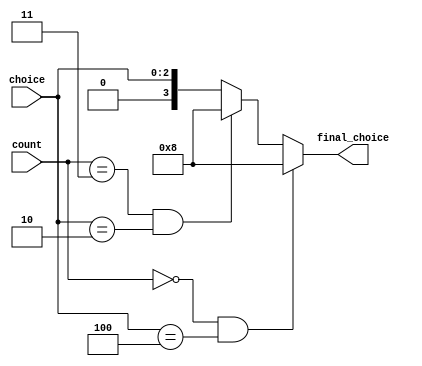
`timescale 1ns / 1ps

module choice_valid(
    input [1:0] count,      //input bullet count, with values from 0 to 3
    input [2:0] choice,     //input player/computer choice with one-hot encoding
    
    output reg [3:0]final_choice //uses one-hot encoding:
                            //0100 shoot
                            //0010 reload
                            //0001 duck
                            //1000 idle (nothing happens!)
    );
    
    always@(choice)
    begin
        if(count == 0 && choice == 3'b100)
            final_choice <= 4'b1000;
        else if(count == 3 && choice == 3'b010)
            final_choice <= 4'b1000;
        else
            final_choice <= choice;
    end
endmodule